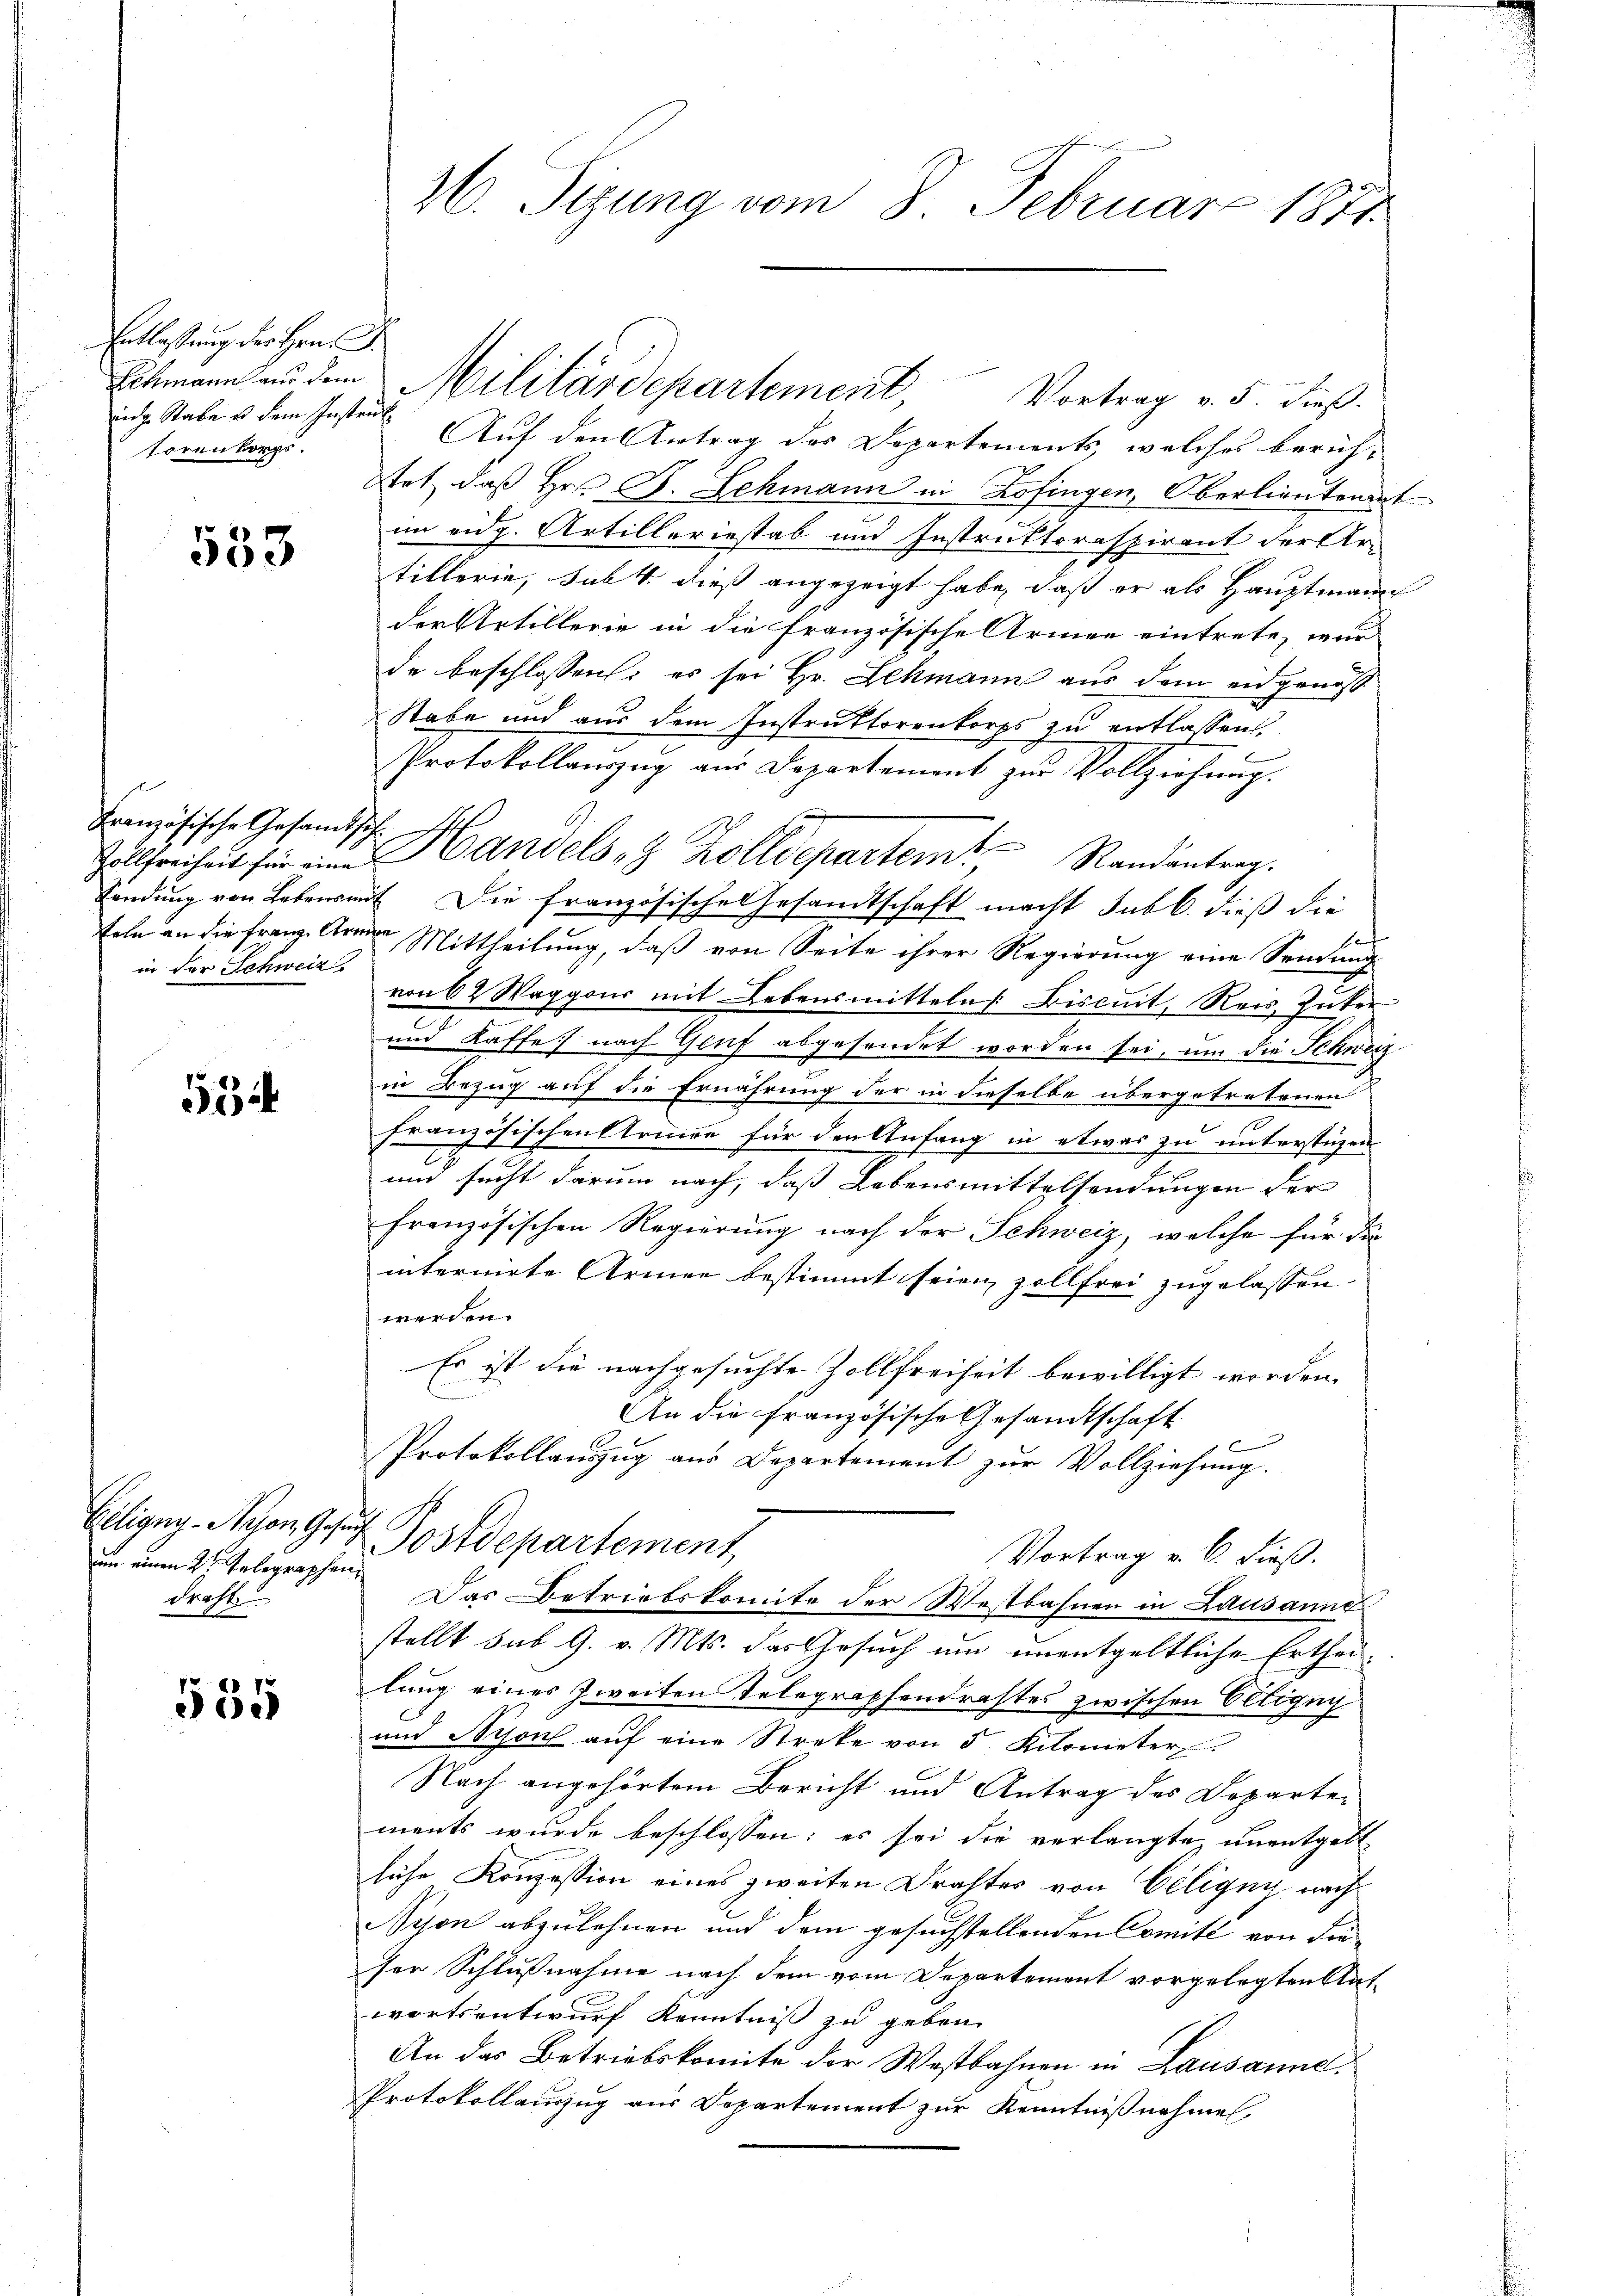
Entlassung der Hrn. F.
eidg. Stabe es dem Instruk
torenkorps.

553

Französische Gesamtsit
in der Schweiz

5

dem einen Kt. Telegraphen
droht

555

26. Sizung vom 8. Februar 1881

Auf den Antrag des Departements, welches beruf-
tet, daß Hrn. F. Schmann in Zofingen, Oberlieutenant
im eidg. Artilleriestab und Instruktoraspirant der Artillerie, sub 4 dieß angezeigt habe, daß er als Hauptmann
der Artillerie in die französische Armee eintrete, wur
de beschlossen: es sei Hr. Schmann aus dem eidgenöss
Stabe und aus dem Instruktorenkorps zu entlassen.
b
Protokollauszug aus Departement zur Vollziehung.
Zollfreiheit für an Handels 8 Zolldepartem Randantrag.
Sendung von Lebensmit. Die französische Gesandtschaft macht sub b. dieß die
Sele an die Franze Armen Mittheilung, daß von Seite ihrer Regierung eine Sendung
von 62 Waggons mit Lebensmitteln. Bisquit, Reis, Zuker
und Kaffe nach Genf abgesendet worden sei, um die Schweiz
in Bezug auf die Ernährung der in dieselbe übergetretenen
französischen trime für den Anfang in etwas zu unterstüzen
un sucht darum nach, daß Lebensmittelsendungen der
französischen Regierung nach der Schweiz, welche für die
internirte Armee bestimmt seien zollfrei zugelassen
werden.
Es ist die nachgesuchte Zollfreiheit bewilligt worden.
An die französische Gesandtschaft
Protokollanzug aus Departement zur Vollziehung.
Eiligug Nyon 9. Postdepartement,
Vortrag v. 6. dieß.
Das Betriebskomite der Westbahnen in Lausanne
stellt sub 9. v. Mts. das Gesuch um unentgeltliche Ertheilung eines Zweiten Telegraphendrastes zwischen Eltigny
und Nison aŭf eine Streke von 5 Kilometer
Nach angehörtem Bericht und Antrag des Departements wurde beschlossen: es sei die verlangte, unentgelt
liche Konzession eines zweiten Drahtes von Ciligny nach
Nyon abzulehnen und dem gesuchstellenden Comité von dieser Schlußnahme nach dem vom Departement vorgelegten Antwortsentwurf Kenntnis zu geben.
An das Betriebskomite der Westbahnen in Lausanne,
Protokollauszug aus Departement zur Kenntnißnahmen,

Echmann an dem Militärdepartement, Vortrag v. 5. dieß